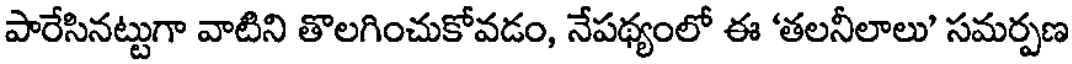
పారేసినట్టుగా వాటిని తొలగించుకోవడం, నేపథ్యంలో ఈ 'తలనీలాలు' సమర్పణ